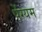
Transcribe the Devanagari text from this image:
पेंग्यम